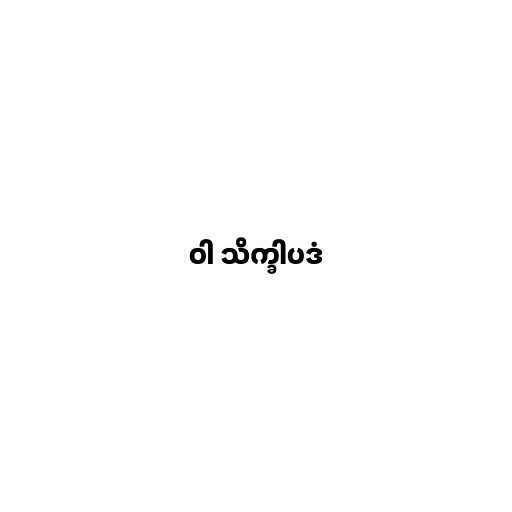
ဝါ သိက္ခါပဒံ